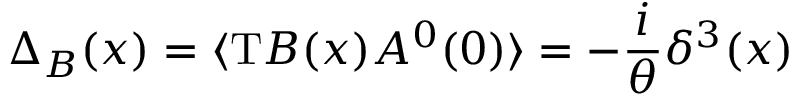
\Delta _ { B } ( x ) = \langle \mathrm { T } B ( x ) A ^ { 0 } ( 0 ) \rangle = - \frac { i } { \theta } \delta ^ { 3 } ( x )